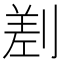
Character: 𠞊